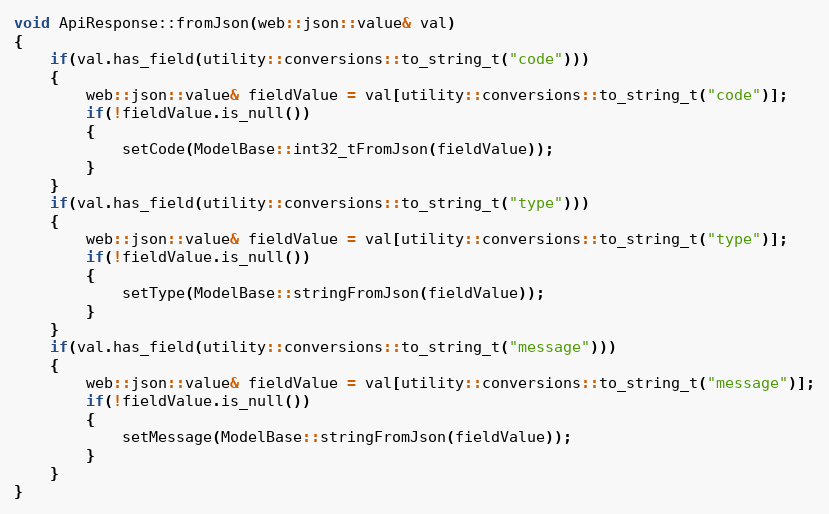
Language: C++
void ApiResponse::fromJson(web::json::value& val)
{
    if(val.has_field(utility::conversions::to_string_t("code")))
    {
        web::json::value& fieldValue = val[utility::conversions::to_string_t("code")];
        if(!fieldValue.is_null())
        {
            setCode(ModelBase::int32_tFromJson(fieldValue));
        }
    }
    if(val.has_field(utility::conversions::to_string_t("type")))
    {
        web::json::value& fieldValue = val[utility::conversions::to_string_t("type")];
        if(!fieldValue.is_null())
        {
            setType(ModelBase::stringFromJson(fieldValue));
        }
    }
    if(val.has_field(utility::conversions::to_string_t("message")))
    {
        web::json::value& fieldValue = val[utility::conversions::to_string_t("message")];
        if(!fieldValue.is_null())
        {
            setMessage(ModelBase::stringFromJson(fieldValue));
        }
    }
}